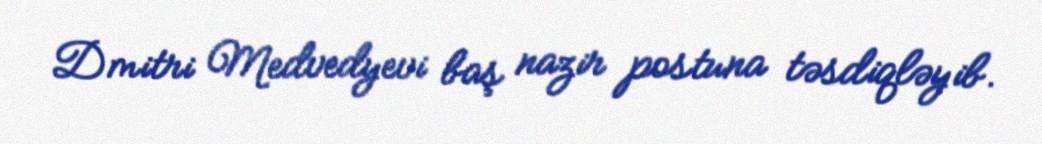
Dmitri Medvedyevi baş nazir postuna təsdiqləyib.